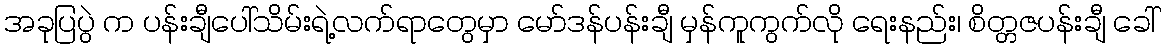
အခုပြပွဲ က ပန်းချီပေါ်သိမ်းရဲ့လက်ရာတွေမှာ မော်ဒန်ပန်းချီ မှန်ကူကွက်လို ရေးနည်း၊ စိတ္တဇပန်းချီ ခေါ်